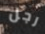
رجل